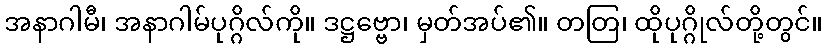
အနာဂါမီ၊ အနာဂါမ်ပုဂ္ဂိလ်ကို။ ဒဋ္ဌဗ္ဗော၊ မှတ်အပ်၏။ တတြ၊ ထိုပုဂ္ဂိုလ်တို့တွင်။